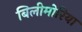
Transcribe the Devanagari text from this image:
बिलीमोरिया